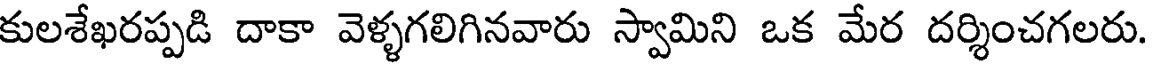
కులశేఖరప్పడి దాకా వెళ్ళగలిగినవారు స్వామిని ఒక మేర దర్శించగలరు